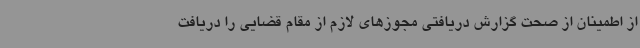
از اطمینان از صحت گزارش دریافتی مجوزهای لازم از مقام قضایی را دریافت